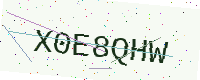
Text: X0E8QHW